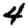
Digit: 4